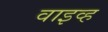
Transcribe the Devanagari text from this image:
वाइव्ह